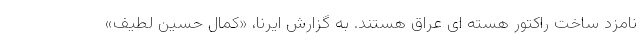
نامزد ساخت راکتور هسته ای عراق هستند. به گزارش ایرنا، «کمال حسین لطیف»